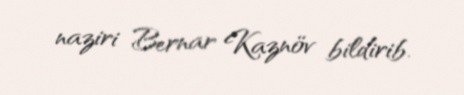
naziri Bernar Kaznöv bildirib.